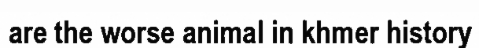
are the worse animal in khmer history